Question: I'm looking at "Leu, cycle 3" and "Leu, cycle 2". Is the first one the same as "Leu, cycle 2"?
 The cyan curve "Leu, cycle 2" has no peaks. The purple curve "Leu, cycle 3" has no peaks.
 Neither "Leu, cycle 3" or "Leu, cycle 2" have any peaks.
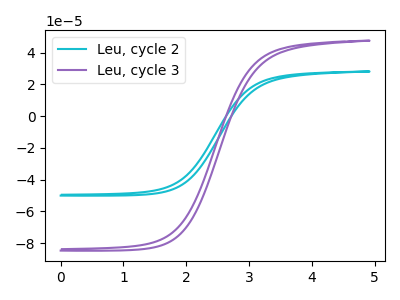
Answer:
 <answer>"Leu, cycle 3" and "Leu, cycle 2" are similar in shape.</answer>
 <eval>same_shape</eval>